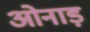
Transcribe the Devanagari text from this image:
ओनाड़